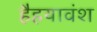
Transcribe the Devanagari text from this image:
हैहयावंश